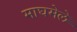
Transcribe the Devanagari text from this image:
माघमेले